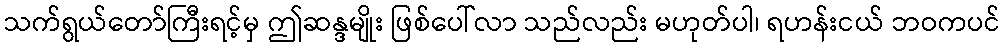
သက်ရွယ်တော်ကြီးရင့်မှ ဤဆန္ဒမျိုး ဖြစ်ပေါ်လာ သည်လည်း မဟုတ်ပါ၊ ရဟန်းငယ် ဘဝကပင်